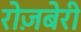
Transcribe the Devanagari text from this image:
रोज़बेरी